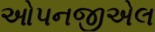
ઓપનજીએલ